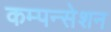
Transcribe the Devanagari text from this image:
कम्पन्सेशन